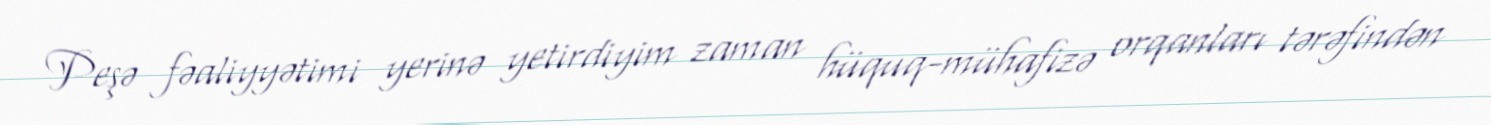
Peşə fəaliyyətimi yerinə yetirdiyim zaman hüquq-mühafizə orqanları tərəfindən